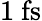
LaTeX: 1~\mathrm{fs}